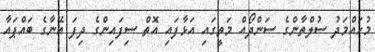
މުހައްމަދު ސުލްތާންގެ ސަންދޯއް މަތީގައި އަޅާފައި އޮތް ސިފައިންގެ ދިފަ އޭނާގެ ބައްޕައާ